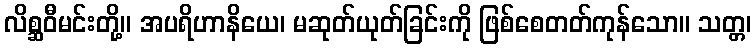
လိစ္ဆဝီမင်းတို့။ အပရိဟာနိယေ၊ မဆုတ်ယုတ်ခြင်းကို ဖြစ်စေတတ်ကုန်သော။ သတ္တ၊